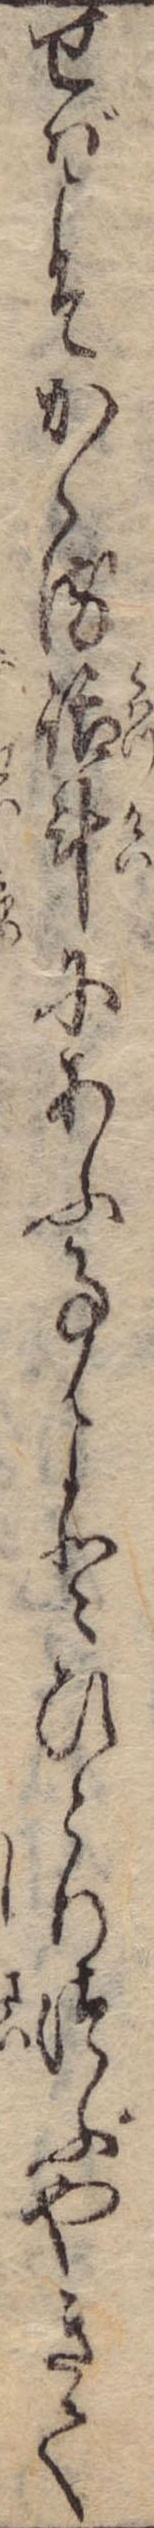
せばこそかゝる活斗にあふ事よとひとりつぶやきて